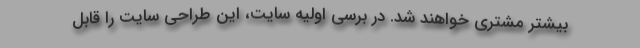
بيشتر مشتري خواهند شد. در برسي اوليه سايت، اين طراحي سايت را قابل